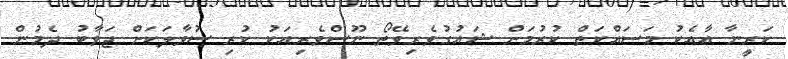
ކަރީނާ އާއެކު މަސައްކަތް ކުރުމަށް ޝައުގުވެރިވޭތޯ ނޫސްވެރިއަކު ކުރި ސުވާލަކަށް ޖަވާބު ދެމުން